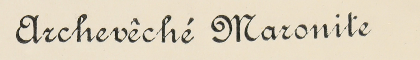
Archevêché Maronite